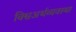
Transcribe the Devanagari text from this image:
विश्वअर्थव्यवस्था